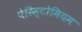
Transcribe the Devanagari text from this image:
पेरिस्टोमियम